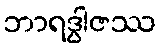
ဘာရဒွါဇဿ